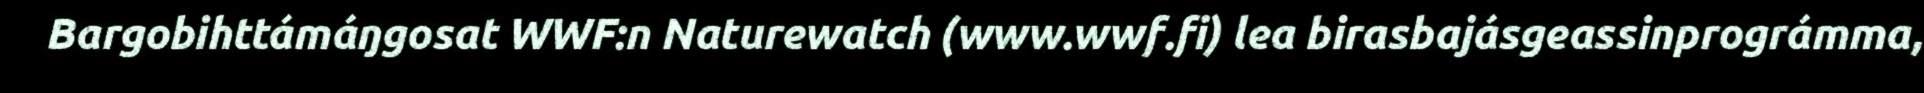
Bargobihttámáŋgosat WWF:n Naturewatch (www.wwf.fi) lea birasbajásgeassinprográmma,